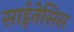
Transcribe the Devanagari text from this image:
साईनेसिस